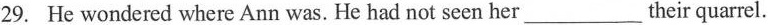
29. He wondered where Ann was. He had not seen her ___ their quarrel.